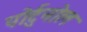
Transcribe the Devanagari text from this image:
पोर्टुनोल